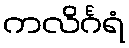
ကလိင်္ဂရံ